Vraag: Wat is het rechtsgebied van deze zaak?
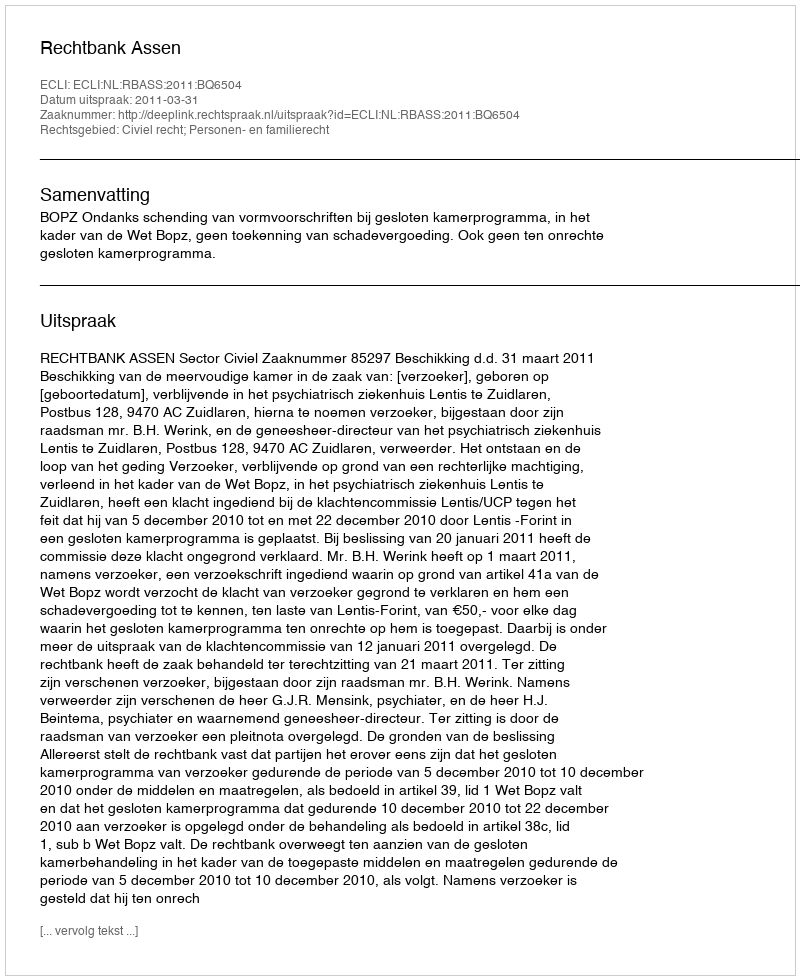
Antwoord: Civiel recht; Personen- en familierecht